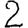
Digit: 2